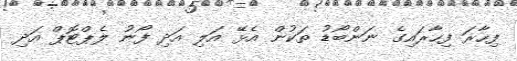
ފިހާރަ ފިހާރައިގެ ނަންބޯޑު ތަކުން އެޅޭ އަލި އަދި ފޯނު ލެޕްޓޮޕް އަދި